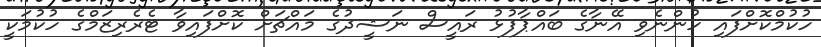
ހުކުމްކޮށްފައި ހުންނެވި އޭނާގެ ބައްޕާފުޅު ރައީސް ނަޝީދުގެ މައްޗަށް ކޮށްފައިވާ ޓެރެރިޒަމްގެ ހުކުމަކީ